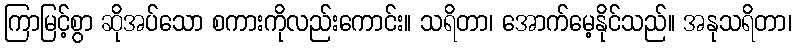
ကြာမြင့်စွာ ဆိုအပ်သော စကားကိုလည်းကောင်း။ သရိတာ၊ အောက်မေ့နိုင်သည်။ အနုသရိတာ၊